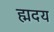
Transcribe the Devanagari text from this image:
ह्मदय